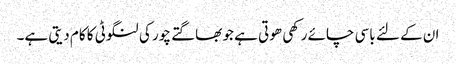
ان کے لئے باسی چائے رکھی ھوتی ہے جو بھاگتے چور کی لنگوٹی کا کام دیتی ہے۔